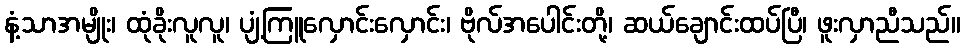
နံ့သာအမျိုး၊ ထုံခိုးလူလူ၊ ပျံ့ကြူလှောင်းလှောင်း၊ ဗိုလ်အပေါင်းတို့၊ ဆယ်ချောင်းထပ်ပြီ၊ ဖူးလှာညီသည်။